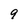
Character: 9